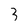
Character: 3